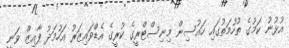
އުޅުނު ކަމުގެ ތުހުމަތުގައި ހައުސިން މިނިސްޓްރީގެ ކުރީގެ އެޑްވައިޒަރު އަހުމަދު ފާއިޒް ވަނީ